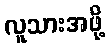
လူသားအဖို့